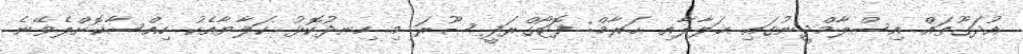
އުދަގޫތައް އިސްލާމްދީނުގައި ޙަލާލާއި ޙަރާމް: ފޮޓޯގްރަފީ ޞޫރަ މި ހިނދުކޮޅު ކަލާޔާއެކު ހިއްސާކޮށްލެވޭނެ